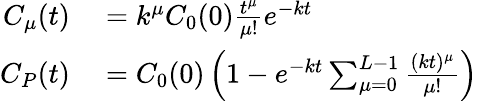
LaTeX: \begin{array}{rl}{C_{\mu}(t)}&{{}=k^{\mu}C_{0}(0)\frac{t^{\mu}}{\mu!}e^{-kt}}\\ {C_{P}(t)}&{{}=C_{0}(0)\left(1-e^{-kt}\sum_{\mu=0}^{L-1}\frac{(kt)^{\mu}}{\mu!}\right)}\end{array}